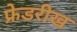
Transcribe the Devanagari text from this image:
फ्रेडरीख